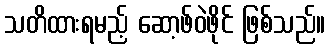
သတိထားရမည့် ဆော့ဖ်ဝဲဖိုင် ဖြစ်သည်။